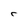
Character: C